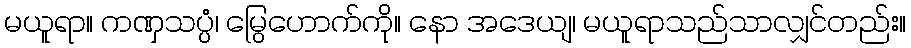
မယူရာ။ ကဏှသပ္ပံ၊ မြွေဟောက်ကို။ နော အဒေယျ၊ မယူရာသည်သာလျှင်တည်း။